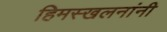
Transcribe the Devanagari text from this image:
हिमस्खलनांनी